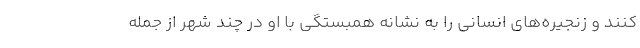
کنند و زنجیره‌های انسانی را به نشانه همبستگی با او در چند شهر از جمله